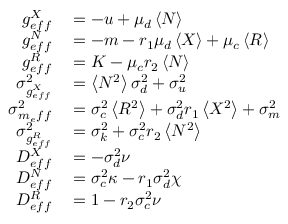
\begin{array} { r l } { g _ { e f f } ^ { X } } & { { } = - u + \mu _ { d } \left< N \right> } \\ { g _ { e f f } ^ { N } } & { { } = - m - r _ { 1 } \mu _ { d } \left< X \right> + \mu _ { c } \left< R \right> } \\ { g _ { e f f } ^ { R } } & { { } = K - \mu _ { c } r _ { 2 } \left< N \right> } \\ { \sigma _ { g _ { e f f } ^ { X } } ^ { 2 } } & { { } = \left< N ^ { 2 } \right> \sigma _ { d } ^ { 2 } + \sigma _ { u } ^ { 2 } } \\ { \sigma _ { m _ { e } f f } ^ { 2 } } & { { } = \sigma _ { c } ^ { 2 } \left< R ^ { 2 } \right> + \sigma _ { d } ^ { 2 } { r _ { 1 } } \left< X ^ { 2 } \right> + \sigma _ { m } ^ { 2 } } \\ { \sigma _ { g _ { e f f } ^ { R } } ^ { 2 } } & { { } = \sigma _ { k } ^ { 2 } + \sigma _ { c } ^ { 2 } { r _ { 2 } } \left< N ^ { 2 } \right> } \\ { D _ { e f f } ^ { X } } & { { } = - \sigma _ { d } ^ { 2 } \nu } \\ { D _ { e f f } ^ { N } } & { { } = \sigma _ { c } ^ { 2 } \kappa - r _ { 1 } \sigma _ { d } ^ { 2 } \chi } \\ { D _ { e f f } ^ { R } } & { { } = 1 - r _ { 2 } \sigma _ { c } ^ { 2 } \nu } \end{array}